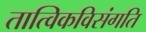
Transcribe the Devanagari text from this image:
तात्विकविसंगति